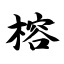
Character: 榕